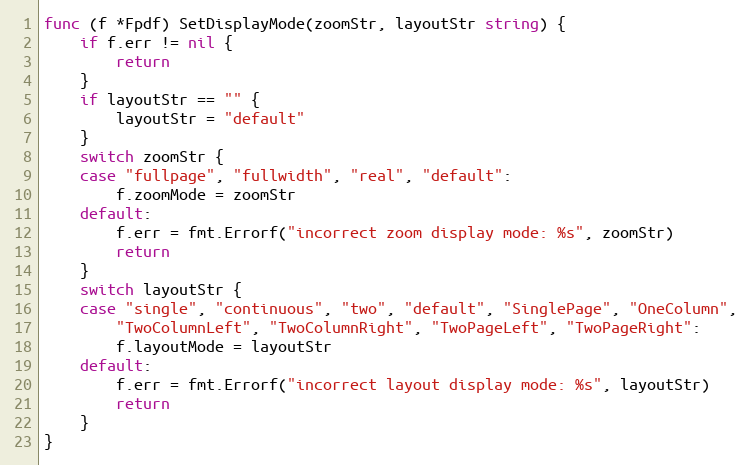
Language: Go
func (f *Fpdf) SetDisplayMode(zoomStr, layoutStr string) {
	if f.err != nil {
		return
	}
	if layoutStr == "" {
		layoutStr = "default"
	}
	switch zoomStr {
	case "fullpage", "fullwidth", "real", "default":
		f.zoomMode = zoomStr
	default:
		f.err = fmt.Errorf("incorrect zoom display mode: %s", zoomStr)
		return
	}
	switch layoutStr {
	case "single", "continuous", "two", "default", "SinglePage", "OneColumn",
		"TwoColumnLeft", "TwoColumnRight", "TwoPageLeft", "TwoPageRight":
		f.layoutMode = layoutStr
	default:
		f.err = fmt.Errorf("incorrect layout display mode: %s", layoutStr)
		return
	}
}